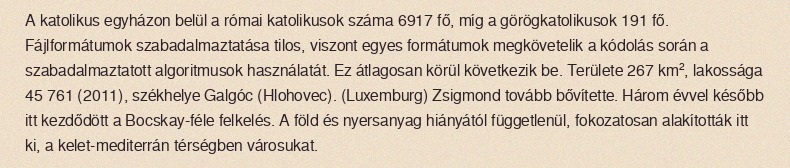
A katolikus egyházon belül a római katolikusok száma 6917 fő, míg a görögkatolikusok 191 fő. Fájlformátumok szabadalmaztatása tilos, viszont egyes formátumok megkövetelik a kódolás során a szabadalmaztatott algoritmusok használatát. Ez átlagosan körül következik be. Területe 267 km², lakossága 45 761 (2011), székhelye Galgóc (Hlohovec). (Luxemburg) Zsigmond tovább bővítette. Három évvel később itt kezdődött a Bocskay-féle felkelés. A föld és nyersanyag hiányától függetlenül, fokozatosan alakították itt ki, a kelet-mediterrán térségben városukat.